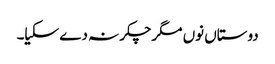
دوستاں نوں مگرچکر نہ دے سکیا۔